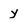
Character: y